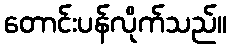
တောင်းပန်လိုက်သည်။